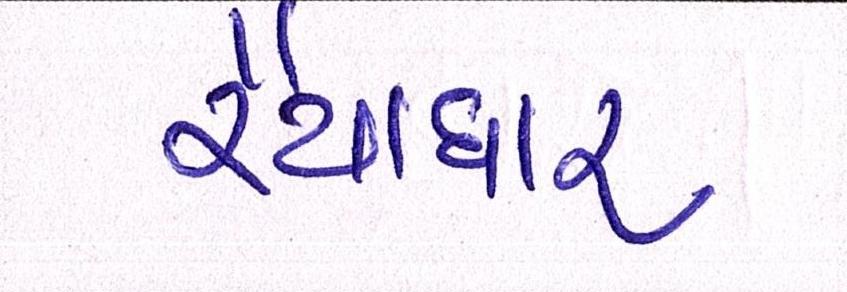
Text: રૈયાધાર